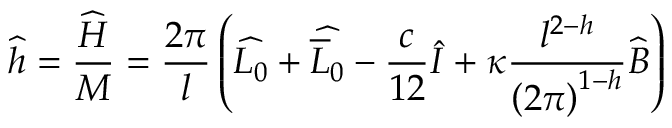
\widehat { h } = \displaystyle \frac { \widehat { H } } { { \cal M } } = \displaystyle \frac { 2 \pi } { l } \left( \widehat { L _ { 0 } } + \widehat { \overline { { { L } } } _ { 0 } } - \displaystyle \frac { c } { 1 2 } \widehat { I } + \kappa \displaystyle \frac { l ^ { 2 - h } } { \left( 2 \pi \right) ^ { 1 - h } } \widehat { B } \right)